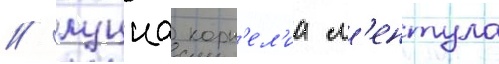
/ луциа корн'ел'иа л'ентула